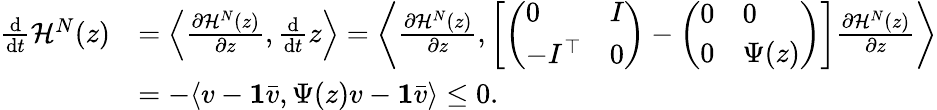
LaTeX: \begin{array}{rl}{\frac{\mathrm d}{\mathrm dt}\mathcal H^{N}(z)}&{=\left\langle\frac{\partial\mathcal H^{N}(z)}{\partial z},\frac{\mathrm d}{\mathrm dt}z\right\rangle=\left\langle\frac{\partial\mathcal H^{N}(z)}{\partial z},\left[\left(\begin{array}{ll}{0}&{I}\\ {-I^{\top}}&{0}\end{array}\right)-\left(\begin{array}{ll}{0}&{0}\\ {0}&{\Psi(z)}\end{array}\right)\right]\frac{\partial\mathcal H^{N}(z)}{\partial z}\right\rangle}\\ &{=-\langle v-\textbf{1}\bar{v},\Psi(z)v-\textbf{1}\bar{v}\rangle\le 0.}\end{array}